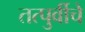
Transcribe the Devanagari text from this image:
तत्पुर्वीचे